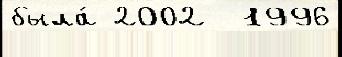
была́ 2002  1996